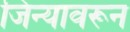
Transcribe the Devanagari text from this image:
जिन्यावरून